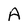
Character: A